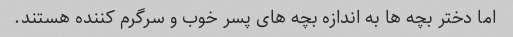
اما دختر بچه ها به اندازه بچه های پسر خوب و سرگرم کننده هستند.